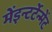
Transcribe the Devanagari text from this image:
मेंइन्टर्टेन्मेंट